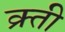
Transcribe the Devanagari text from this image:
क्र्ती